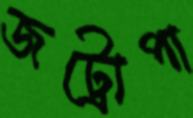
জট্রোপা